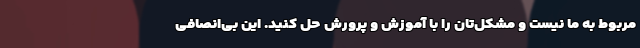
مربوط به ما نیست و مشکل‌تان را با آموزش و پرورش حل کنید. این بی‌انصافی